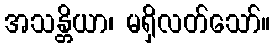
အသန္တိယာ၊ မရှိလတ်သော်။